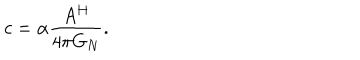
LaTeX: c = \alpha \frac { A ^ { H } } { 4 \pi G _ { N } } .